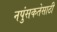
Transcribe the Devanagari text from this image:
नपुंसकतेसाठी